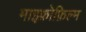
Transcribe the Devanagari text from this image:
माइक्रोफ़िल्म